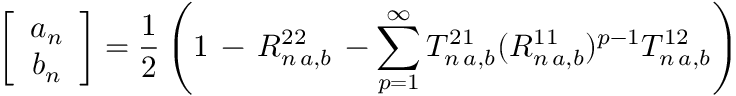
\left[ \begin{array} { c c } { a _ { n } } \\ { b _ { n } } \end{array} \right] = \frac { 1 } { 2 } \left( 1 \, - \, R _ { n \, a , b } ^ { 2 2 } \, - \sum _ { p = 1 } ^ { \infty } T _ { n \, a , b } ^ { 2 1 } ( R _ { n \, a , b } ^ { 1 1 } ) ^ { p - 1 } T _ { n \, a , b } ^ { 1 2 } \right)